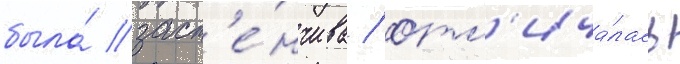
была́ заст'е́нчива / отл'ича́лась